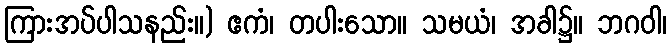
ကြားအပ်ပါသနည်း။) ဧကံ၊ တပါးသော။ သမယံ၊ အခါ၌။ ဘဂဝါ၊